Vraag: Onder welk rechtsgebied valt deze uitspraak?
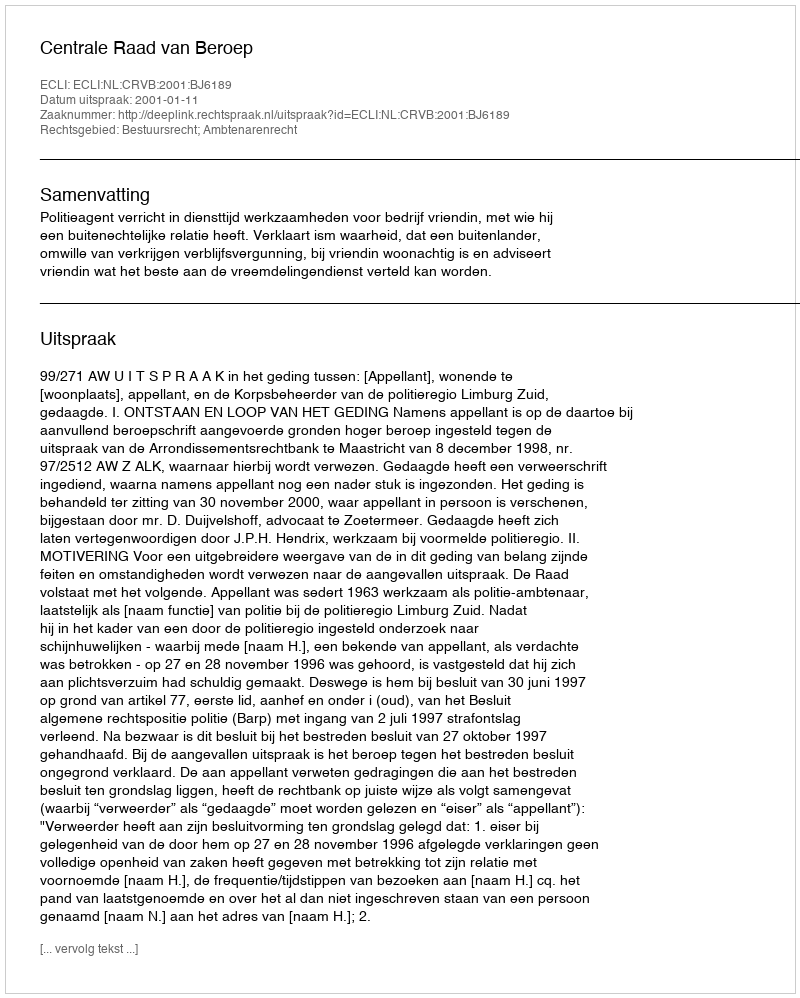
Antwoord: Bestuursrecht; Ambtenarenrecht